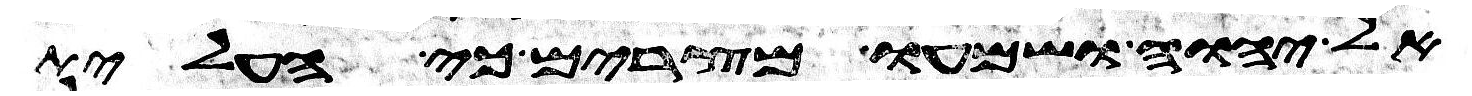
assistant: אל יהוה ושמעו מצרים כי העלית